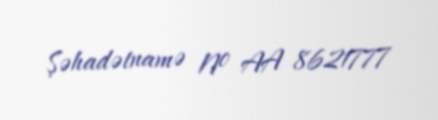
Şəhadətnamə № AA 8621777